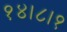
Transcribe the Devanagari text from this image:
१४।८।१